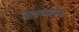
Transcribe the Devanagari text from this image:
बाकनकर